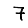
Digit: 7